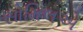
સોમિલએ